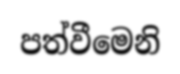
පත්වීමෙනි